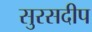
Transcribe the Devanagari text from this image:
सुरसदीप